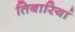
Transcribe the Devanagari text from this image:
तिबारियां